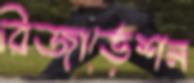
রিজার্ভেশন